Vabadussoja_Ajaloo_Komitee, lk 197
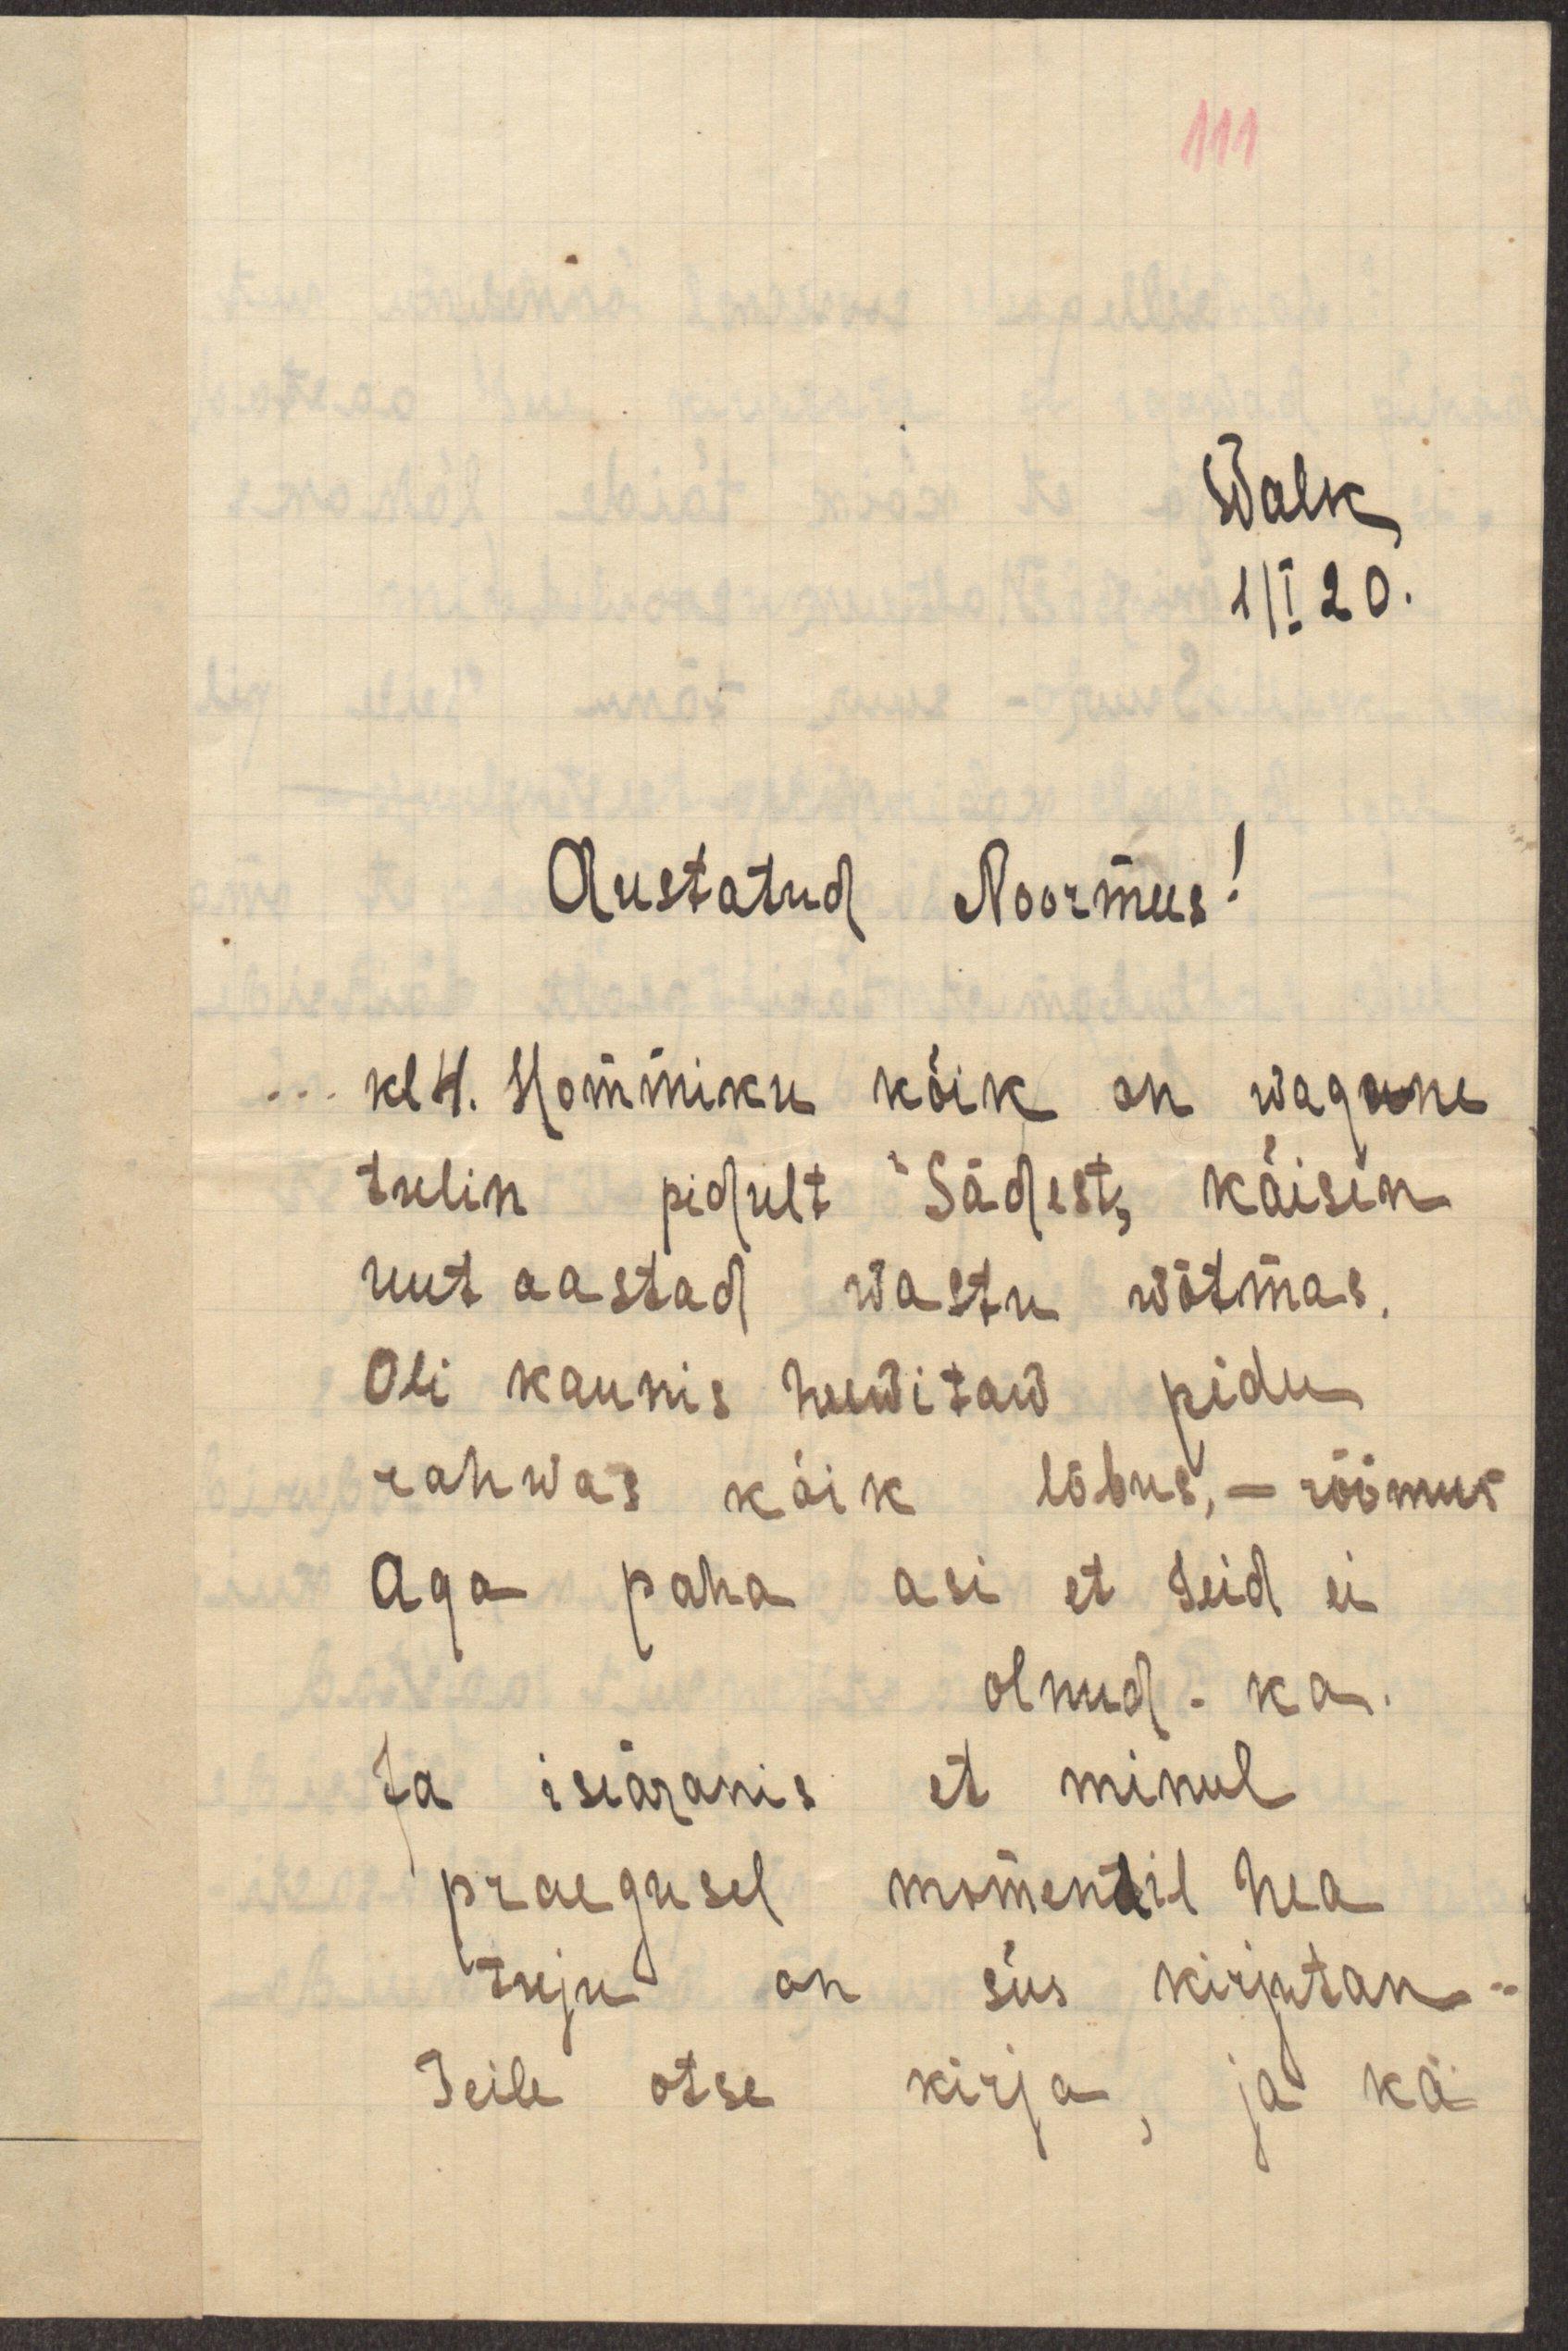
111

Walk
1/I 20.
Austatud Noormees!
... kl 4. Hommiku kõik on wagune
tulin pidult "Sädest" käisin
uut aastad wastu wõtmas.
Oli kaunis huwitaw pidu
rahwas kõik lõbus, - rõõmus
Aga paha asi et Teid ei
olnud - ka.
Ja iseäranis et minul
praegusel momendil hea
tuju on siis kirjutan
Teile otse kirja, ja ka